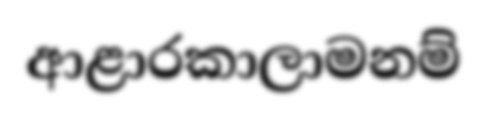
ආළාරකාලාමනම්